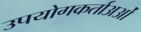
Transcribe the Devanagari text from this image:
उपयोगकर्ताअओं